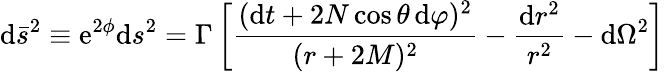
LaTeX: \mathrm{d}\bar{{s}}^{2}\equiv\mathrm{{e}}^{2\phi}\mathrm{d}s^{2}=\Gamma\left[\frac{{(\mathrm{d}t+2N\cos\theta\, \mathrm{d}\varphi)^{2}}}{{(r+2M)^{2}}}-\frac{{\mathrm{d}r^{2}}}{{r^{2}}}-\mathrm{d}\Omega^{2}\right]